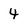
Character: 4